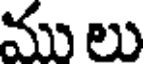
ము లు